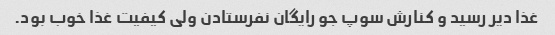
غذا دیر رسید و کنارش سوپ جو رایگان نفرستادن ولی کیفیت غذا خوب بود.